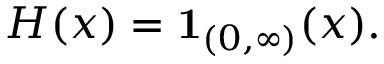
H ( x ) = \mathbf { 1 } _ { ( 0 , \infty ) } ( x ) .